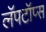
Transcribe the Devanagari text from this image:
लॅपटॉप्स